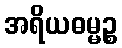
အရိယဓမ္မဉ္စ